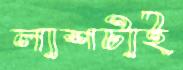
লাশটাই